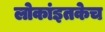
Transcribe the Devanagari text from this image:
लोकांइतकेच